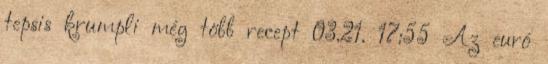
tepsis krumpli még több recept 03.21. 17:55 Az euró